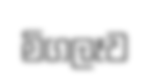
මිගලෑව